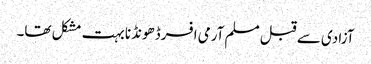
آزادی سے قبل مسلم آرمی افسرڈھونڈنا بہت مشکل تھا۔